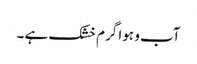
آب و ہوا گرم خشک ہے ۔